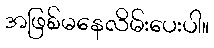
အဖြစ်မနေလိမ်းပေးပါ။